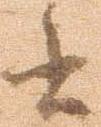
書